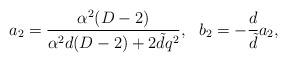
LaTeX: \begin{align*}a_{2}=\frac{\alpha^{2}(D-2)}{\alpha^{2}d(D-2)+2\tilde d q^{2}},~~b_{2}=-\frac{d}{\tilde {d}}a_{2},\end{align*}